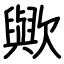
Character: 歟